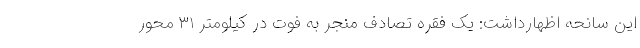
این سانحه اظهارداشت: یک فقره تصادف منجر به فوت در کیلومتر ۳۱ محور